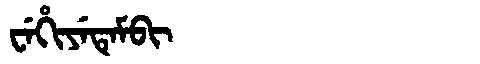
Manchu: ᠸᡝᡥᡳᠶᡝᡨᡝᠮᠪᡳ
Romanization: WEHIYETEMBI